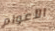
الأعوام